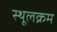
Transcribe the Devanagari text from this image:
स्थूलक्रम